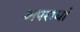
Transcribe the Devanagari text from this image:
अपराधां